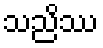
သညိဿ